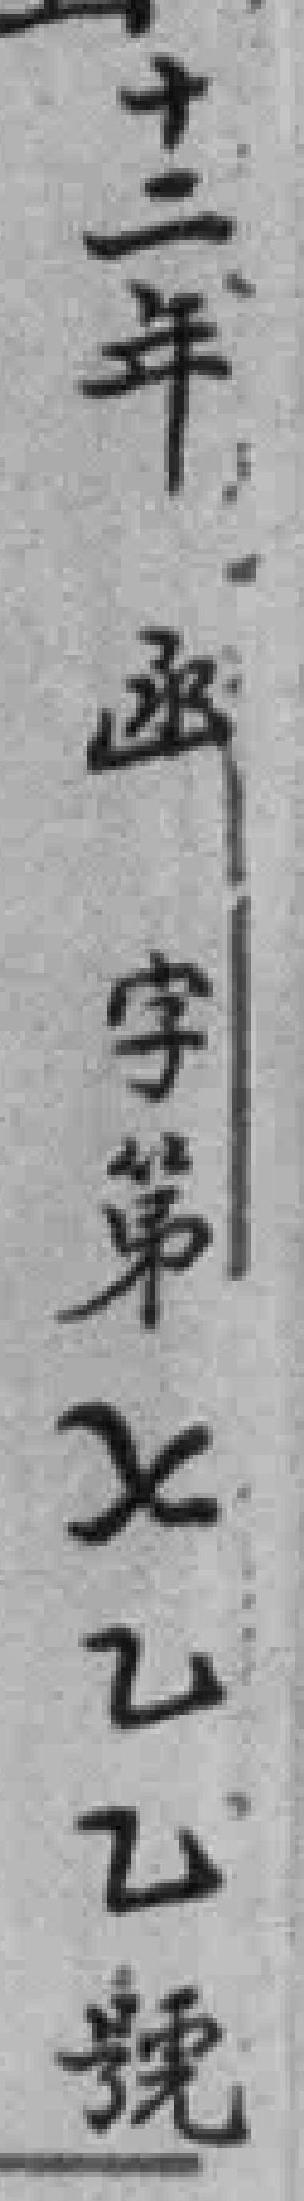
十二年函字第七乙乙號